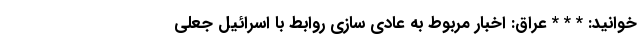
خوانید: * * * عراق: اخبار مربوط به عادی سازی روابط با اسرائیل جعلی